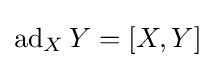
\operatorname {ad} _{X}Y=[X,Y]